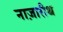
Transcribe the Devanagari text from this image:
नाज़ारीथ